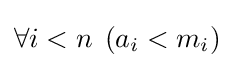
\forall i<n\;\left(a_{i}<m_{i}\right)